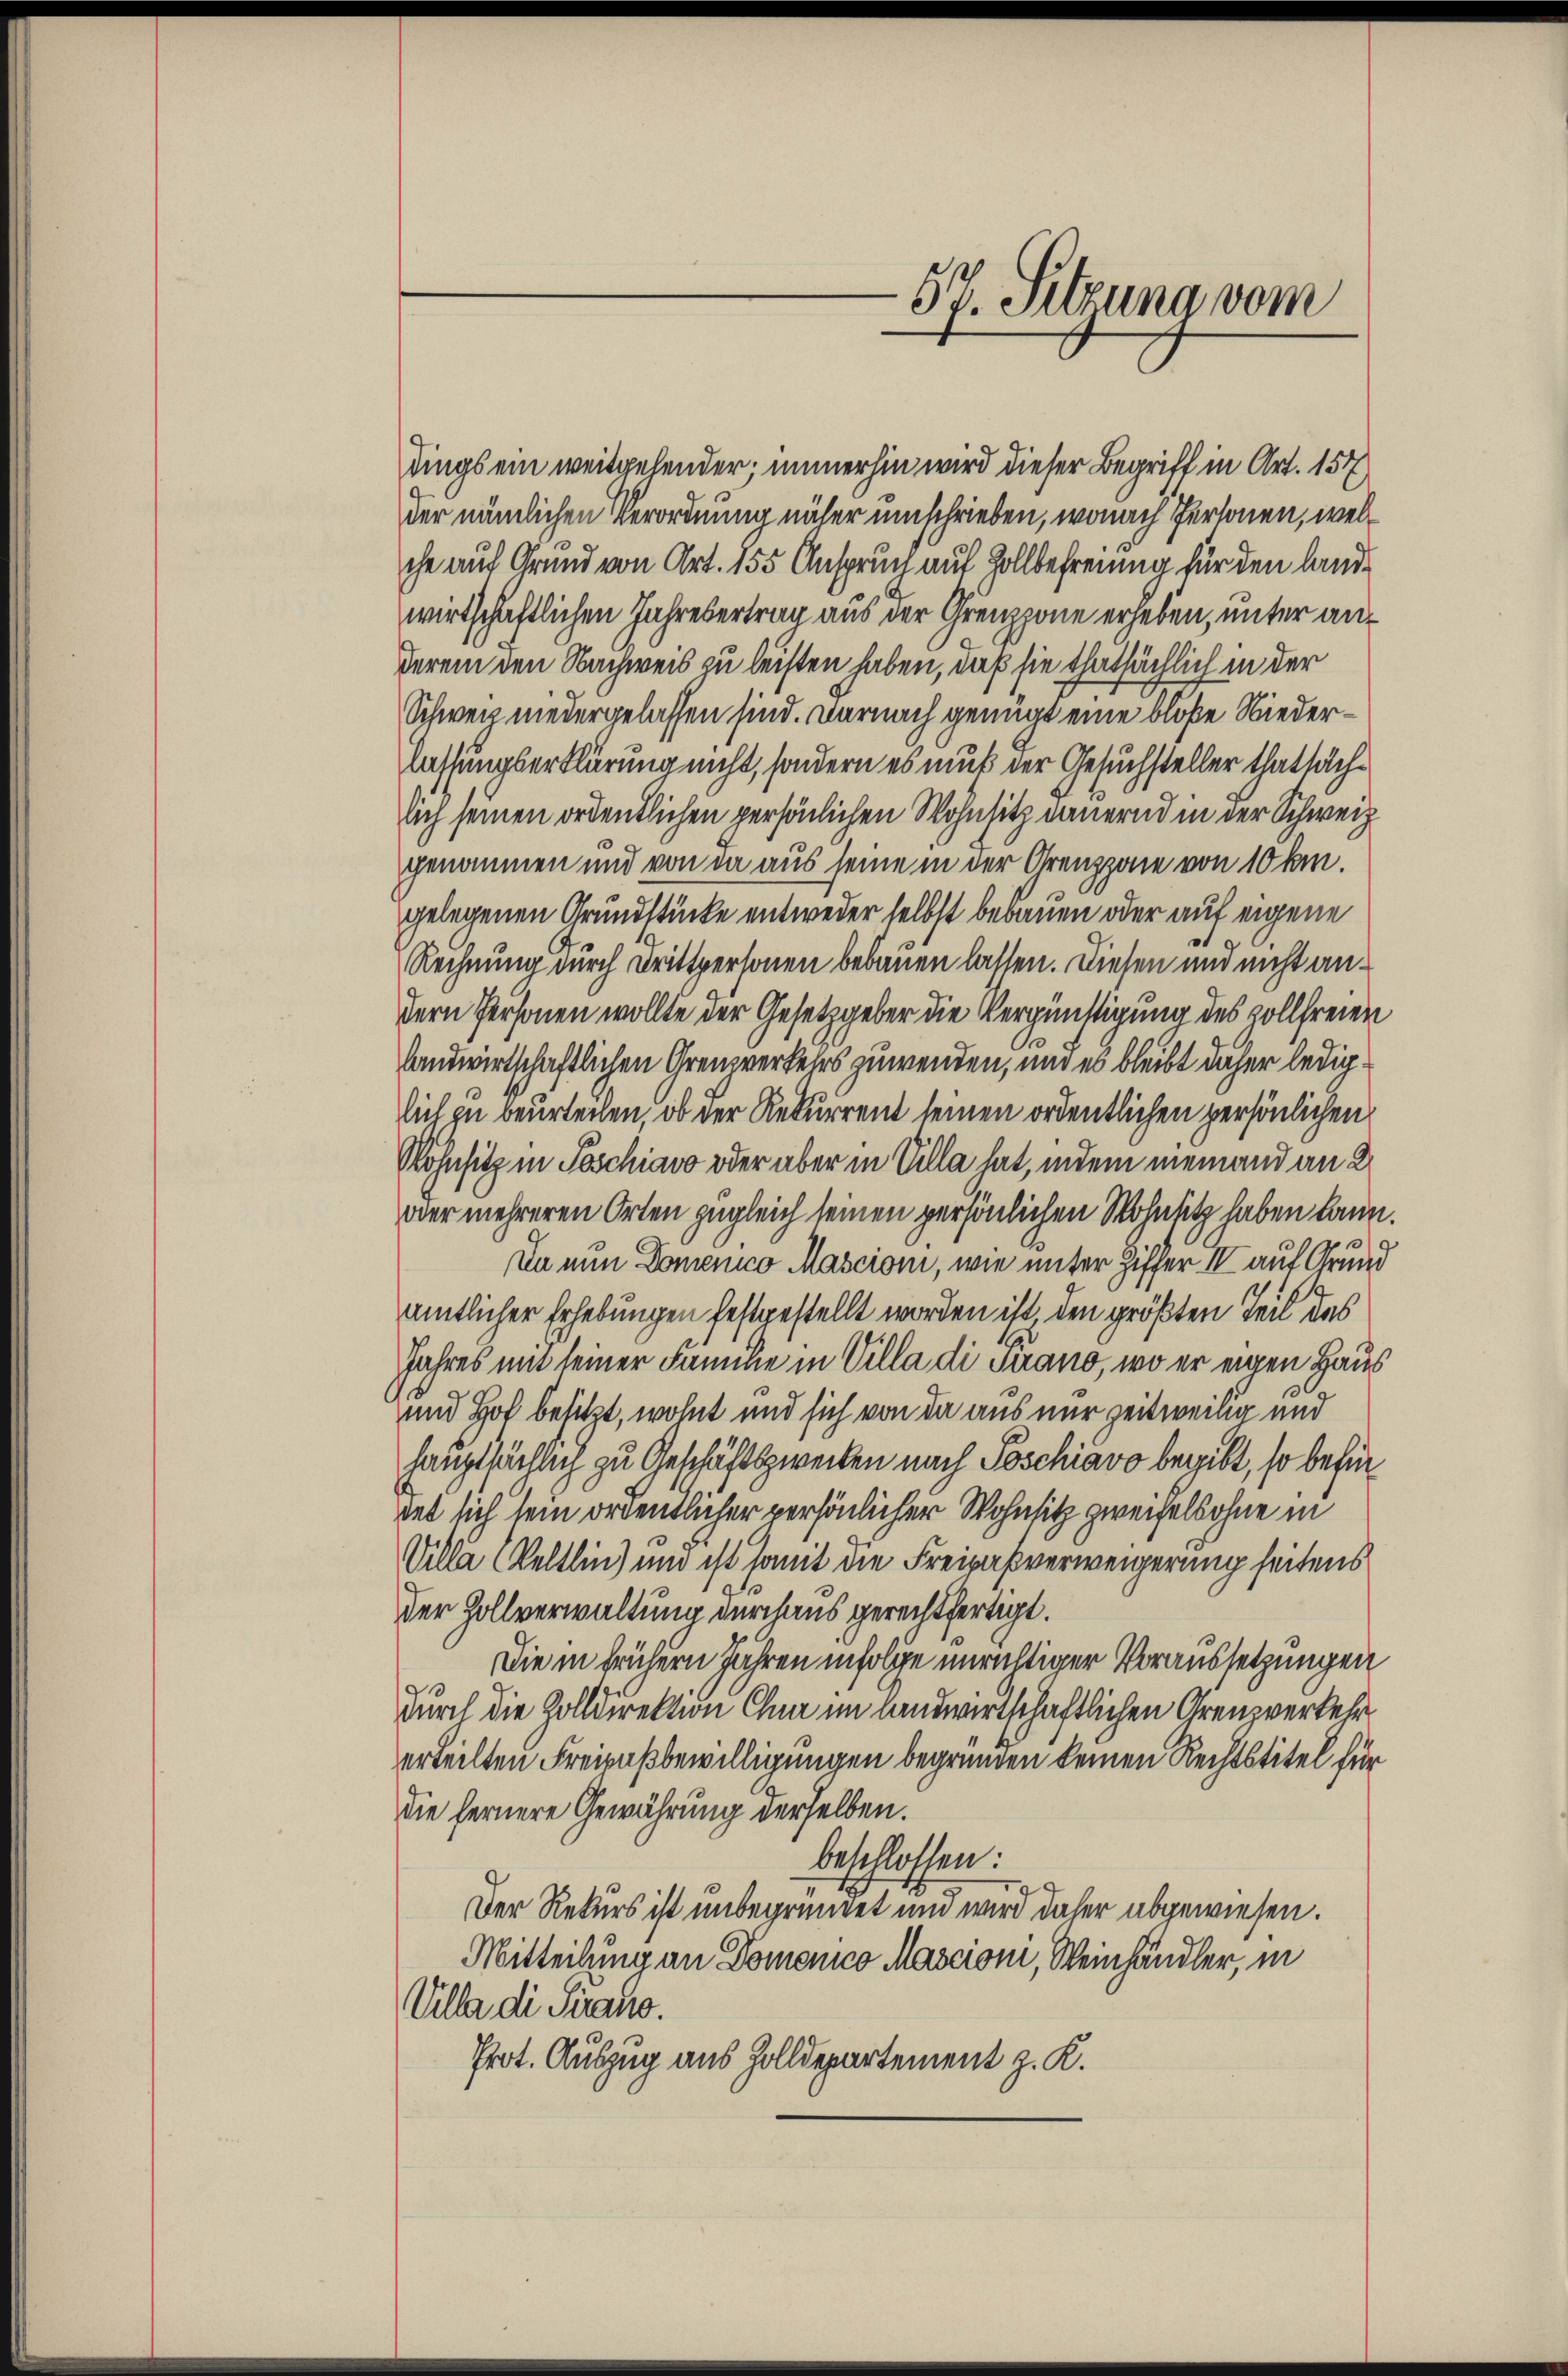
57. Sitzung vom

dings ein weitgehender; immerhin wird dieser Begriff in Art. 157
der nämlichen Verordnung näher umschrieben, wonach Personen, welche auf Grund von Art. 155 Anspruch auf Zollbefreung für den landwirtschaftlichen Jahresertrag aus der Grenzzone erheben, unter anderem den Nachweis zu leisten haben, daß sie thatsächlich in der
Schweiz niedergelassen sind. Darnach genügt eine bloße Niederlassungserklärung nicht, sondern es muß der Gesuchsteller thatsächlich seinen ordentlichen persönlichen Wohnsitz dauernd in der Schweiz
genommen und von da aus seine in der Grenzzone von 10 km.
gelegenen Grundstücke entweder selbst bebauen oder auf eigene
Rechnung durch Drittpersonen bebauen lassen. Diesen und nicht andern Personen wollte der Gesetzgeber die Vergünstigung des vollfreien
landwirtschaftlichen Grenzverkehrs zuwenden, und es bleibt daher lediglich zu beurteilen, ob der Rekurrent seinen ordentlichen persönlichen
Rohnsitz in Poschiavo oder aber in Villa hat, indem niemand an 2
oder mehreren Orten zugleich seinen persönlichen Wohnsitz haben kann.

Da nun Domenico Mascioni, wie unter Ziffer IV auf Grund
amtlicher Erhebungen festgestellt worden ist, den größten Teil des
Jahres mit seiner Familie in Villa di siano, wo er einen Haus
und Hof besitzt, wohnt und sich von da aus nur zeitweilig und
hauptsächlich zu Geschäftszwecken nach Poschiavo begibt, so befindet sich sein ordentlicher persönlicher Wohnsitz zweifelsohne in
Villa Keltlin) und ist somit die Freipaßverweigerung seitens
der Zollverwaltung durchaus gerechtfertigt.
Die in frühern Jahren infolge ungültiger Voraussetzungen
durch die Zolldirektion Chna im landwirtschaftlichen Grenzverkehr
erteilten Freizußbewilligungen begründen keinen Rechtstitel für
die fernere Gewährung derselben.
beschlossen:
Der Rekurs ist unbegründet und wird daher abgewiesen.
Mitteilung an Domenico Mascioni, Weinhändler, in
Villa di Sirano.
Prot. Auszug aus Zolldepartement z. K.